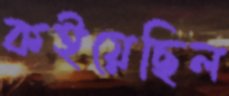
কইয়েছিল